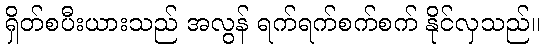
ရှိတ်စပီးယားသည် အလွန် ရက်ရက်စက်စက် နိုင်လှသည်။